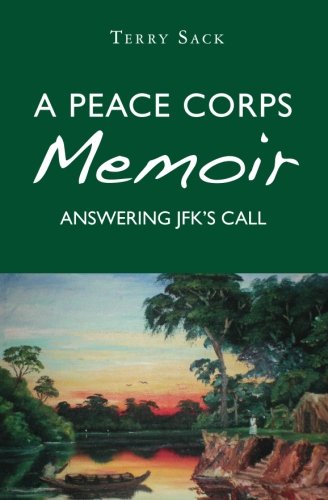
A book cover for A Peace Corps Memoir: Answering JFK's Call; Terry Sack; Travel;